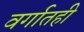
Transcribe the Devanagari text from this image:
वर्गातही